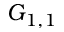
G _ { 1 , 1 }